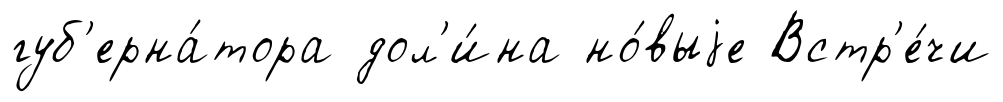
губ'ерна́тора дол'и́на но́выjе Встр'е́чи